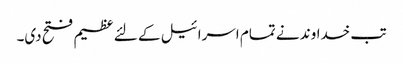
تب خداوند نے تمام اسرا ئیل کے لئے عظیم فتح دی۔